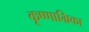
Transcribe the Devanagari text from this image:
कृष्णाभ्रिका